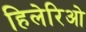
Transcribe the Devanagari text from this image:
हिलेरिओ